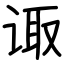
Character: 诹